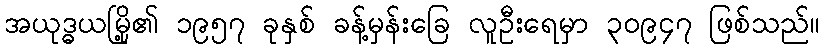
အယုဒ္ဓယမြို့၏ ၁၉၅၇ ခုနှစ် ခန့်မှန်းခြေ လူဦးရေမှာ ၃၀၉၄၇ ဖြစ်သည်။